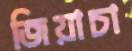
জিয়াচা